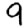
Digit: 9